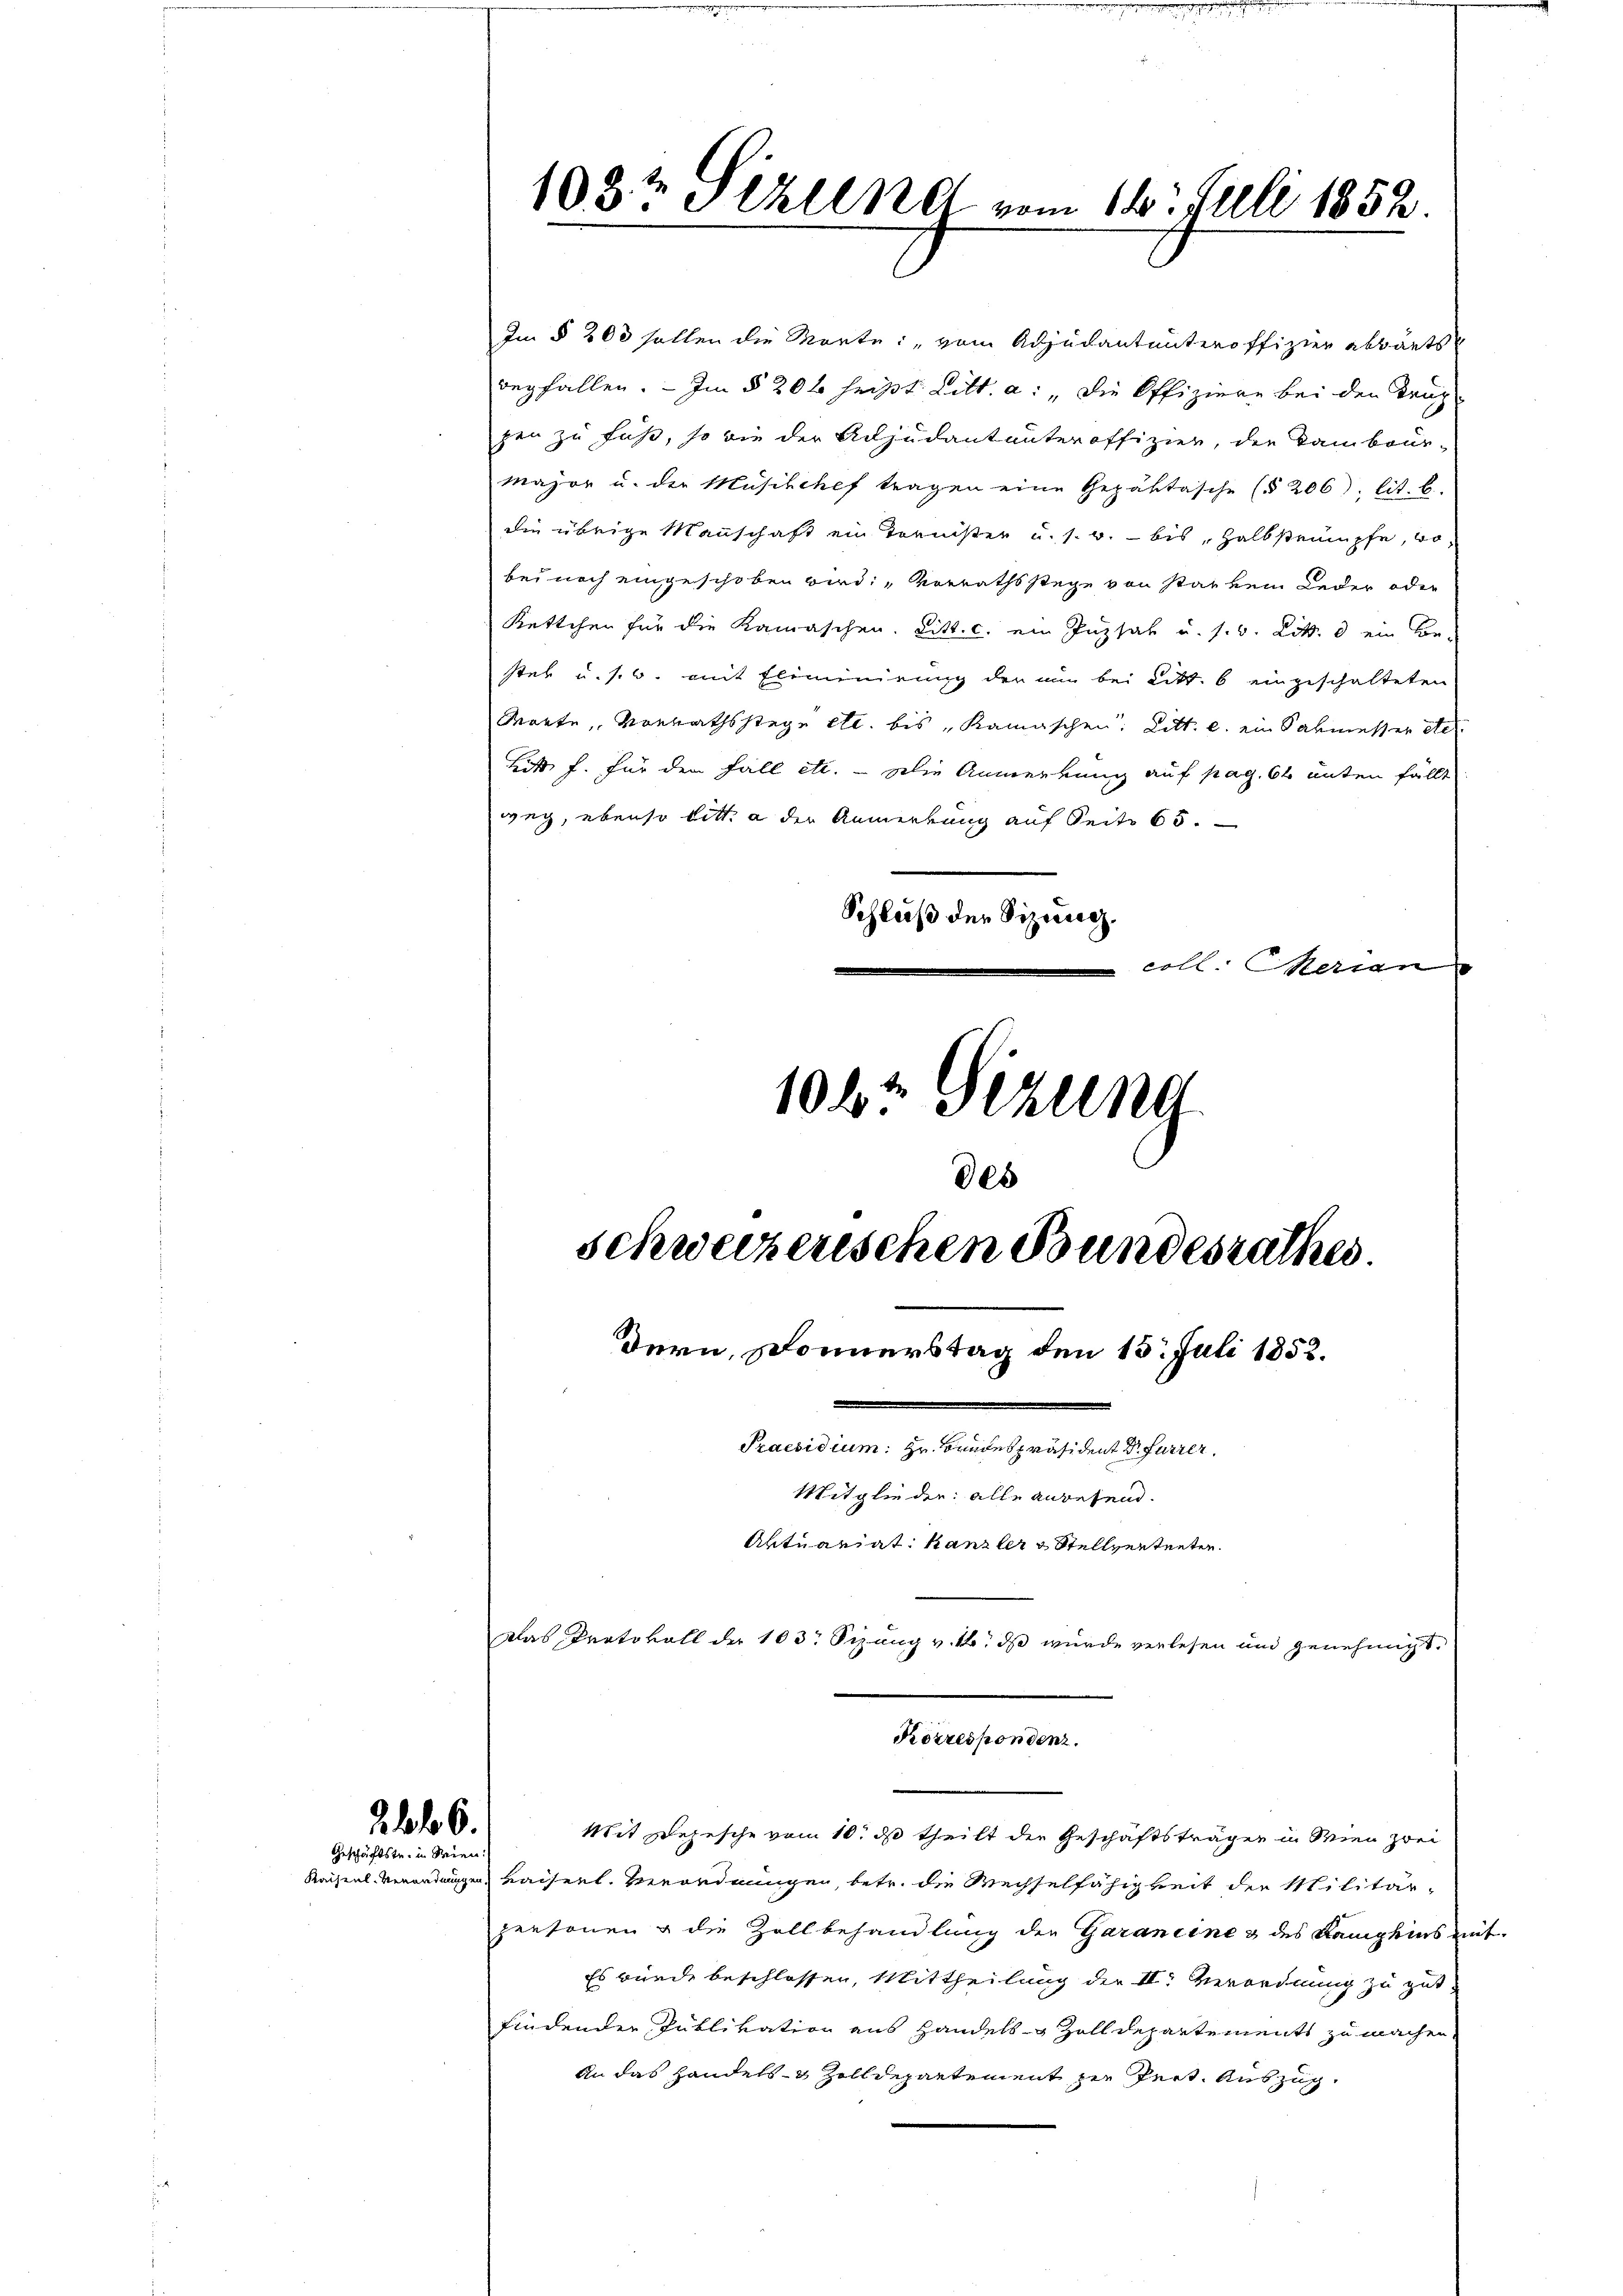
26.
Geschäftstr. in Seien.

Im § 203 sollen die Morte: „vom Adjudantunteroffizier abwärts
begfallen. — Im § 206 heißt Litt. a: „Die Offiziere bei den Trag
zen zu Fuß, so wie der Adjudant unteroffizier, den kambour-
Major u. der Musischef tragen eine Gepäktasche (§ 206). lit. b.
die übrige Mannschaft ein Tornister u. s. w. - bis, Halbsteinpfe, vo
bei noch eingeschoben wird: „Vorrathsstege von Star kein Leder oder
Kettchen für die Kamaschen. Litt. c. ein Puzsal u. s. v. Lit. d ein Be-
stet u. s. w. mit Eliminirung der nun bei Litt. b eingeschalteten
Worte, Vorrathsstege etc. bis "Kamaschen. Litt. c. ein Sabmesser Stel
Kitt f. für den Fall etc. - Die Anmerkung auf pag. 64 unten fällt
weg, ebenso bitt. a der Anmerkung auf Seite 65.
Schluß der Sizic.
coll. Mein
1062 Sizung

1033 Sekund vom 16. Juli 1852.

des
schweizerischen Bundesrathes.
Dern, Donnerstag den 15. Juli 1852.
—

Korrespondenz.

Praesidium zu Bundespräsident Dr. Furrer.
Mitglieden: alle anwesend.
Aktuariat Kanzler & Stellvertreten.
Das Protokoll der 103. Sizung v. 4. ds wurde verlesen und genehmigt.

Mit Depesche vom 10. ds theilt der Geschäftsträgen in Wien zwei
Kaisenl-Verordnungen Kaiserl. Verordnungen, betr. die Wechselfähigkeit der Militärpersonen & die Zollbehandlung der Garaneine & des Stampfins mit
Es wurde beschlossen, Mittheilung der II. Verordnung zu gut.
findender Publikation aus Handels- & Zolldepartements zu machen.
An das Handels- & Zolldepartement zur Zeit. Auszug